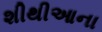
શીથીઆના